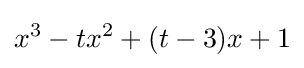
x^{3}-tx^{2}+(t-3)x+1